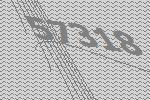
57318